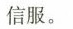
信服。